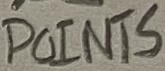
Text: POINTS